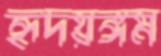
হৃদয়ঙ্গম